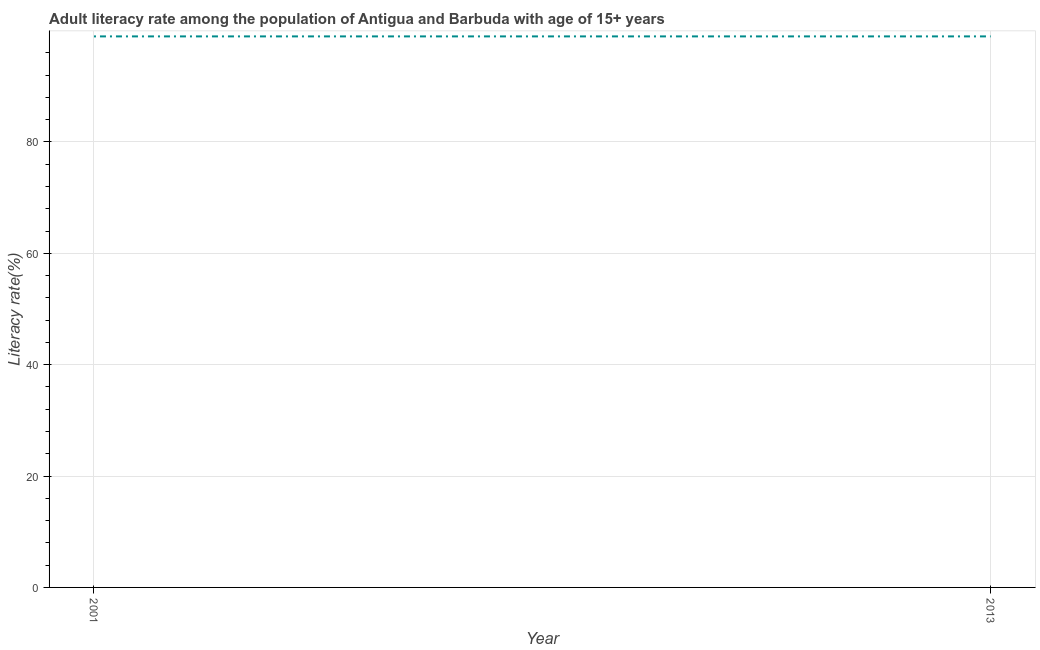
| Year | Adult literacy rate |
 | --- | --- |
 | 2001 | 98.9 |
 | 2013 | 98.9 |